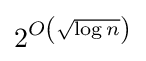
2^{O\left({\sqrt {\log n}}\right)}